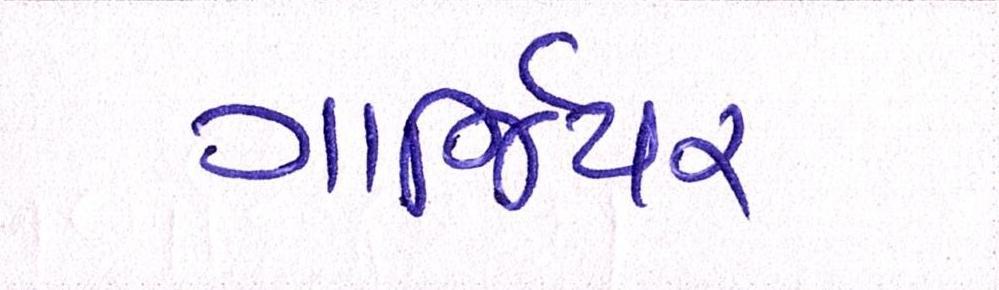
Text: ગાર્જિયન